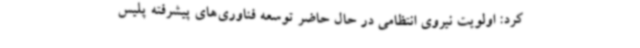
کرد: اولویت نیروی انتظامی در حال حاضر توسعه فناوری‌های پیشرفته پلیس